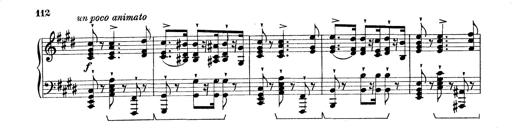
Title: Rapsodie: 19 ungheresi, 1 spagnuola
Composer: Franz Liszt